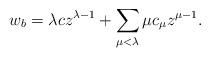
LaTeX: \begin{align*}w_b = \lambda c z^{\lambda-1} + \sum_{\mu<\lambda} \mu c_\mu z^{\mu-1}.\end{align*}